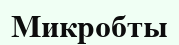
Микробты